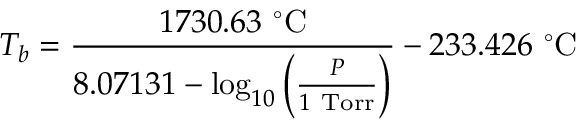
T _ { b } = { \frac { 1 7 3 0 . 6 3 \ { } ^ { \circ } { \mathrm { C } } } { 8 . 0 7 1 3 1 - \log _ { 1 0 } \left( { \frac { P } { 1 { \mathrm { ~ T o r r } } } } \right) } } - 2 3 3 . 4 2 6 \ { } ^ { \circ } { \mathrm { C } }